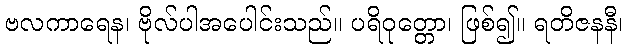
ဗလကာရေန၊ ဗိုလ်ပါအပေါင်းသည်။ ပရိဝုတ္တော၊ ဖြစ်၍။ ရတိဇနနီ၊